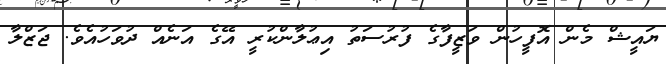
ޔައީޝް މެން އޮފީހުން ވަޒީފާގެ ފުރުސަތު އިޢުލާންކުރީ އޭގެ އަނެއް ދުވަހުއެވެ. ޖަޒްލާ